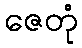
ဇေတုံ